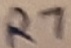
Text: R7